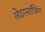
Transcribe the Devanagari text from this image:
लेदरस्टॉकिंग